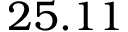
2 5 . 1 1